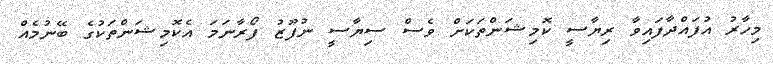
މިހާރު އުފައްދާފައިވާ ރިޔާސީ ކޮމިޝަންތަކަށް ވެސް ސިޔާސީ ނުފޫޒު ފޯރާނަމަ އެކޮމިޝަންތަކުގެ ބޭނުމެއް